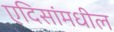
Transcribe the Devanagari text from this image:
एदिसांमधील